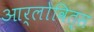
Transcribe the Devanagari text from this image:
आर्लोवित्स